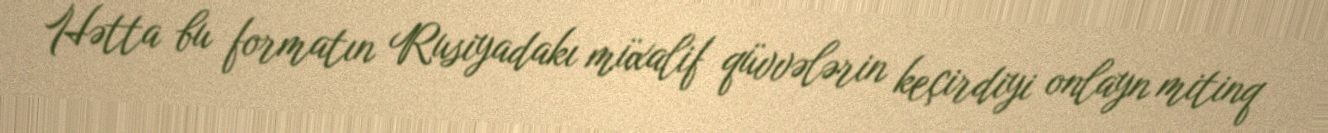
Hətta bu formatın Rusiyadakı müxalif qüvvələrin keçirdiyi onlayn mitinq